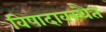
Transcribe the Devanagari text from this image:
विषादावस्थैत